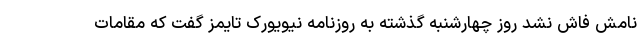
نامش فاش نشد روز چهارشنبه گذشته به روزنامه نیویورک تایمز گفت که مقامات